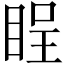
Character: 睈